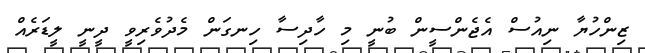
ޒިންހުޔާ ނިއުސް އެޖެންސީން ބުނީ މި ހާދިސާ ހިނގަން މެދުވެރިވީ ދީނީ ލީޑަރެއް